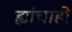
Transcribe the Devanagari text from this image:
ह्यांचाही